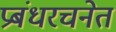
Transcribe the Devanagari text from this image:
प्रबंधरचनेत